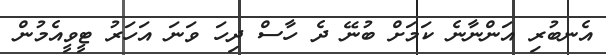
އެނބުރި އަންނާނެ ކަމަށް ބުނޭ ދެ ހާސް ދިހަ ވަނަ އަހަރު ޓީވީއެމުން